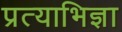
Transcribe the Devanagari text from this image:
प्रत्याभिज्ञा